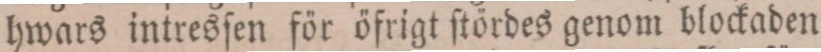
hwars intresſen för öfrigt ſtördes genom blockaden